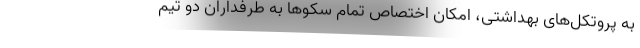
به پروتکل‌های بهداشتی، امکان اختصاص تمام سکوها به طرفداران دو تیم